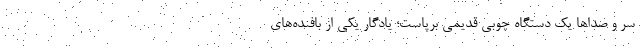
سر و صداها یک دستگاه چوبی قدیمی برپاست؛ یادگار یکی از بافنده‌های